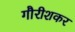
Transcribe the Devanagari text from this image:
गौरीशकर